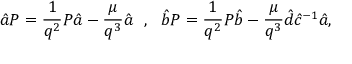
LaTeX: \hat { a } { \cal P } = \frac { 1 } { q ^ { 2 } } { \cal P } \hat { a } - \frac { \mu } { q ^ { 3 } } \hat { a } ~ ~ , ~ ~ \hat { b } { \cal P } = \frac { 1 } { q ^ { 2 } } { \cal P } \hat { b } - \frac { \mu } { q ^ { 3 } } \hat { d } \hat { c } ^ { - 1 } \hat { a } ,